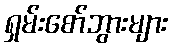
ရှမ်းစော်ဘွားများ